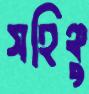
সহিঞ্চু